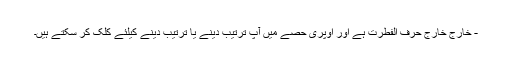
- خارج خارج حرف الفطرت ہے اور اوپری حصے میں آپ ترتیب دینے یا ترتیب دینے کیلئے کلک کر سکتے ہیں۔